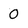
Character: 0